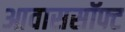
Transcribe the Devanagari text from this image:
आवाससॉफ्ट